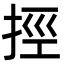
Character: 挳